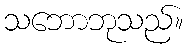
သဘောဘုသည်။